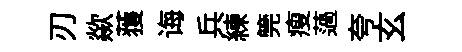
刃歘𫉬诲兵練筦瘦薖夸玄